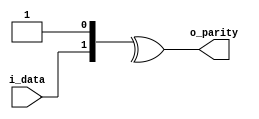
// Copyright (c) 2014 Takashi Toyoshima <toyoshim@gmail.com>.
// All rights reserved.  Use of this source code is governed by a BSD-style
// license that can be found in the LICENSE file.

module OddParityGenerator(
    i_data,
    o_parity);
  parameter width = 1;

  input  [width - 1:0] i_data;
  output               o_parity;

  assign o_parity = ^{ i_data, 1'b1 };
endmodule  // OddParityGenerator